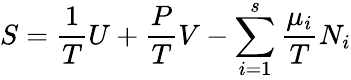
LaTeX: S={\frac{1}{T}}U+{\frac{P}{T}}V-\sum_{i=1}^{s}{\frac{\mu_{i}}{T}}N_{i}